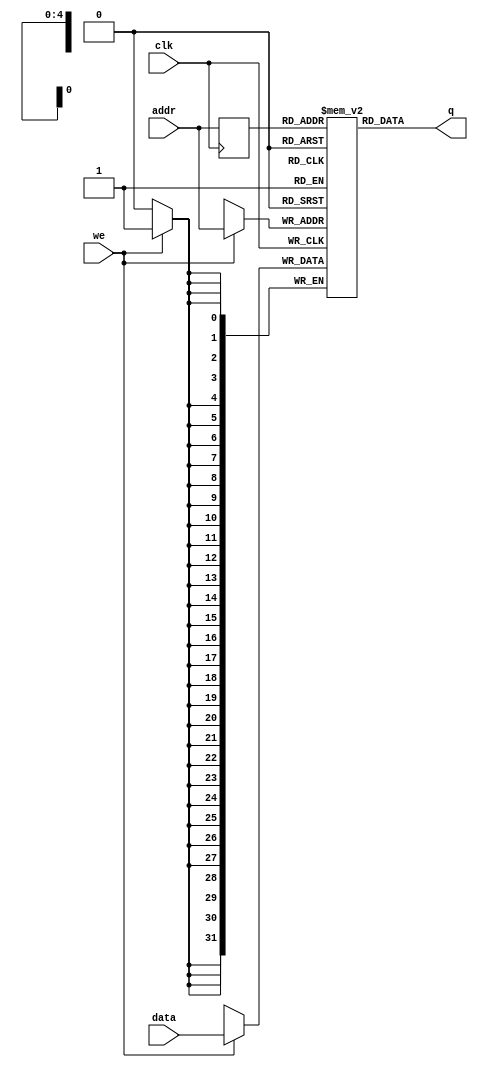
// Quartus Prime Verilog Template
// Single port RAM with single read/write address 

module StackMemory 
#(parameter DATA_WIDTH=32, parameter ADDR_WIDTH=5)
(
	input [(DATA_WIDTH-1):0] data,
	input [(ADDR_WIDTH-1):0] addr,
	input we, clk,
	output [(DATA_WIDTH-1):0] q
);

	// Declare the RAM variable
	reg [DATA_WIDTH-1:0] ram[2**ADDR_WIDTH-1:0];

	// Variable to hold the registered read address
	reg [ADDR_WIDTH-1:0] addr_reg;

	always @ (posedge clk)
	begin
		// Write
		if (we)
			ram[addr] <= data;

		addr_reg <= addr;
	end

	// Continuous assignment implies read returns NEW data.
	// This is the natural behavior of the TriMatrix memory
	// blocks in Single Port mode.  
	assign q = ram[addr_reg];

endmodule